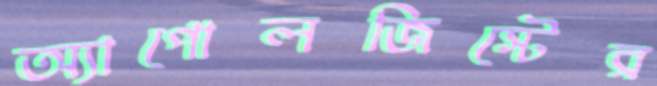
অ্যাপোলজিস্টের